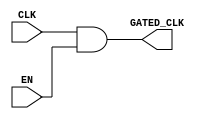
module clock_gating (
    input wire CLK,      // Main clock signal
    input wire EN,       // Enable signal
    output wire GATED_CLK // Gated clock signal
);

// Implementing clock gating using an AND gate
assign GATED_CLK = CLK & EN;

endmodule